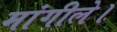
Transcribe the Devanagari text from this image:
मांगीले।